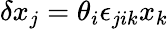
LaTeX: \delta x_{j}=\theta_{i}\epsilon_{jik}x_{k}